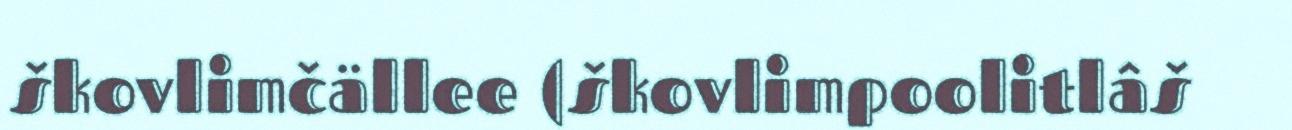
škovlimčällee (škovlimpoolitlâš